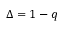
\Delta = 1 - q